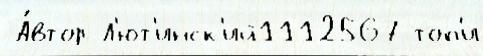
 А́втор Л'ют'инск'ий1112567 топ'и